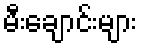
မီးချောင်းများ